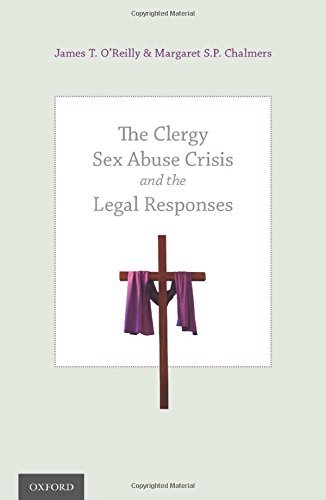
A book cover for The Clergy Sex Abuse Crisis and the Legal Responses; James T. O'Reilly; Law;